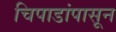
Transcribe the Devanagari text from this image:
चिपाडांपासून